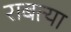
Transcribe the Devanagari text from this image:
राबत्या